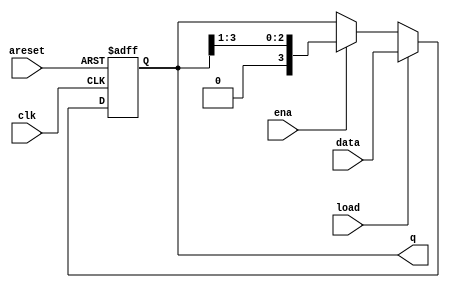
module top_module(
    input clk,
    input areset,  // async active-high reset to zero
    input load,
    input ena,
    input [3:0] data,
    output reg [3:0] q);
    
    always @(posedge clk, posedge areset)
        begin
            if(areset)
                q <= 4'd0;
            else if(load)
                q <= data;
            else if(ena) begin
                q <= {1'b0,q[3:1]};
            end
        end   
endmodule